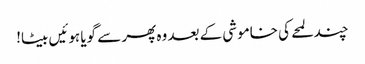
چند لمحے کی خاموشی کے بعد وہ پھر سے گویا ہوئیں بیٹا!